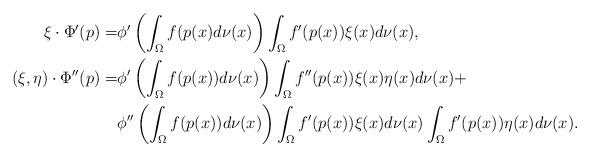
LaTeX: \begin{align*} \xi \cdot \Phi'(p) =& \phi'\left(\int_{\Omega}f(p(x)d\nu(x)\right) \int_{\Omega}f'(p(x))\xi(x)d\nu(x),\\ (\xi,\eta)\cdot\Phi''(p)=& \phi'\left(\int_{\Omega}f(p(x))d\nu(x)\right) \int_{\Omega}f''(p(x))\xi(x)\eta(x)d\nu(x) +\\ &\phi''\left(\int_{\Omega}f(p(x))d\nu(x)\right)\int_{\Omega}f'(p(x))\xi(x)d\nu(x)\int_{\Omega}f'(p(x))\eta(x)d\nu(x).\end{align*}